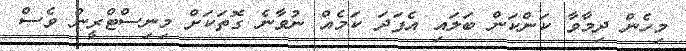
މިހެން ދިމާވާ ކަންކަން ބަލައި އެފަދަ ކަމެއް ނުވާނެ ގޮތަކަށް މިނިސްޓްރީން ވެސް